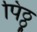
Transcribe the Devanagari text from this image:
पिठ्ठू